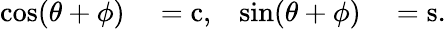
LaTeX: \begin{array}{rlrl}{\cos(\theta+\phi)}&{{}=\operatorname{c},}&{\sin(\theta+\phi)}&{{}=\operatorname{s}.}\end{array}